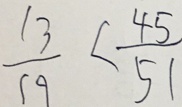
\frac { 1 3 } { 1 9 } < \frac { 4 5 } { 5 1 }